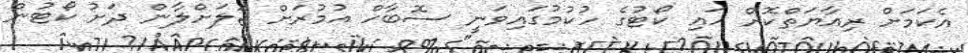
އެކަމަށް ރިއާޔަތްކޮށް ހައި ކޯޓުގެ ހުކުމުގައިވަނީ ސޮބާހް އުމުރަށް ޖަލަށްލާން ދަށު ކޯޓުން